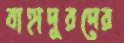
বাহাদুরদের